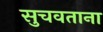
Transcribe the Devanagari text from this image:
सुचवताना